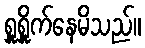
ရှူရှိူက်နေမိသည်။